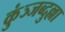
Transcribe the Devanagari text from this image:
कुंञ्जब्दुल्ला